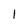
Character: I